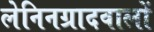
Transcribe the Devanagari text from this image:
लेनिनग्रादवालों